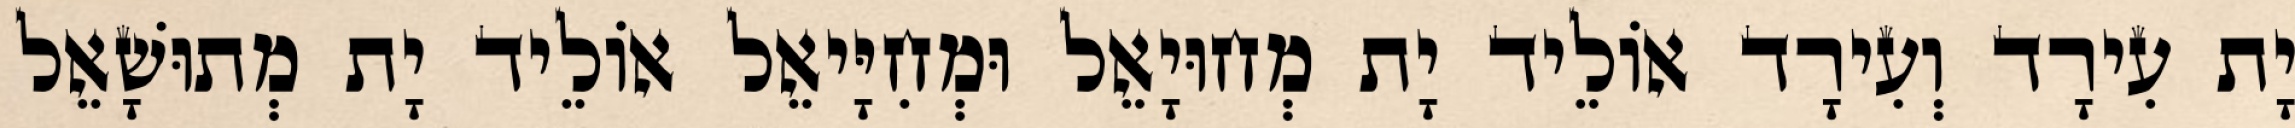
יָת עִירָד וְעִירָד אוֹלֵיד יָת מְחוּיָאֵל וּמְחִיָּיאֵל אוֹלֵיד יָת מְתוּשָׁאֵל